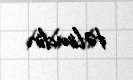
təlimdir.